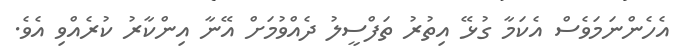
އެހެންނަމަވެސް އެކަމާ ގުޅޭ އިތުރު ތަފްސީލު ދެއްވުމަށް އޭނާ އިންކާރު ކުރެއްވި އެވެ.